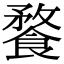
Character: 𩝕